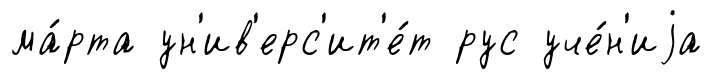
ма́рта ун'ив'ерс'ит'е́т рус уче́н'иjа